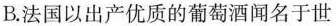
B. 法国以出产优质的葡萄酒闻名于世